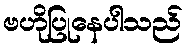
ဗဟိုပြုနေပါသည်